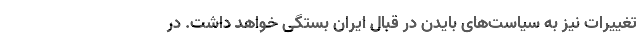
تغییرات نیز به سیاست‌های بایدن در قبال ایران بستگی خواهد داشت. در